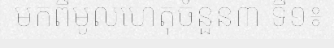
មកពីមូលហេតុចំនួន៣ ទី១៖